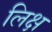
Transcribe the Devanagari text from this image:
लिक्ष